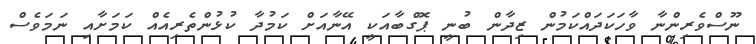
ނޫސްވެރިންނާ ވާހަކަދައްކަމުން ޒިދާން ބުނީ ޕޮގްބާއަކީ އޭނާއަށް ކަމުދާ ކުޅުންތެރިއެއް ކަމަށާއި ނަމަވެސް